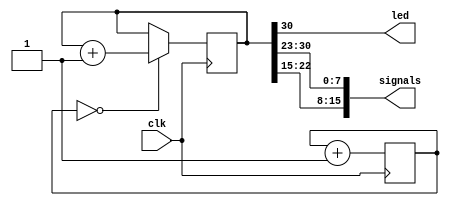
/******************************************************************************
*                                                                             *
* Copyright 2016 myStorm Copyright and related                                *
* rights are licensed under the Solderpad Hardware License, Version 0.51      *
* (the License); you may not use this file except in compliance with        *
* the License. You may obtain a copy of the License at                        *
* http://solderpad.org/licenses/SHL-0.51. Unless required by applicable       *
* law or agreed to in writing, software, hardware and materials               *
* distributed under this License is distributed on an AS IS BASIS,          *
* WITHOUT WARRANTIES OR CONDITIONS OF ANY KIND, either express or             *
* implied. See the License for the specific language governing                *
* permissions and limitations under the License.                              *
*                                                                             *
******************************************************************************/

// White led row (Right)
//     0   1   2   3   4   5   6   7
// Pin 139 138 142 141 135 134 137 136

// (Left)
//     B B B   B   Y  Y  R  G
//     8 9 10  11  12 13 14 15
// Pin 4 3 144 143 8  7  2  1

module blink(
	input wire clk,
	output wire led,
	output wire [15:0] signals
);

	reg [30:0] count;

	reg [3:0] div;

	assign led = count[30];
	
	assign signals[7] = count[30];
	assign signals[6] = count[29];
	assign signals[5] = count[28];
	assign signals[4] = count[27];
	assign signals[3] = count[26];
	assign signals[2] = count[25];
	assign signals[1] = count[24];
	assign signals[0] = count[23];

	assign signals[15] = count[22];
	assign signals[14] = count[21];
	assign signals[13] = count[20];
	assign signals[12] = count[19];
	assign signals[11] = count[18];
	assign signals[10] = count[17];
	assign signals[9] =  count[16];
	assign signals[8] =  count[15];

	always @(posedge clk) begin
		if (div == 4'b0000) begin
			count <= count + 1;
		end
		div <= div + 1;
	end


endmodule